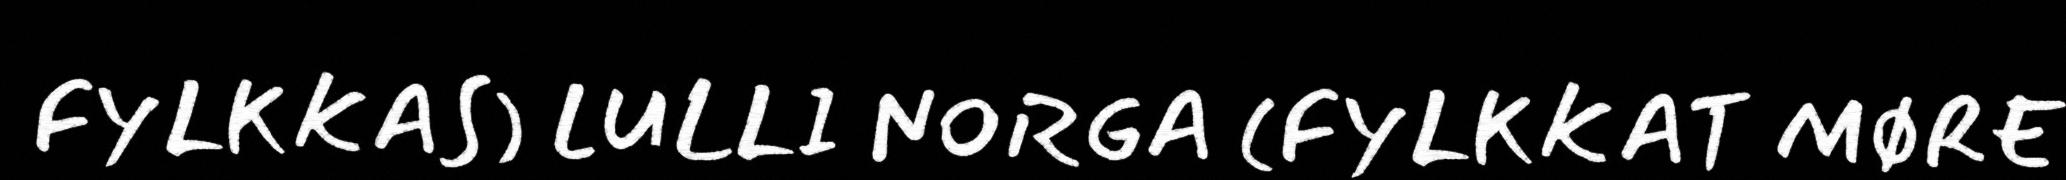
FYLKKAS) LULLI NORGA (FYLKKAT MØRE